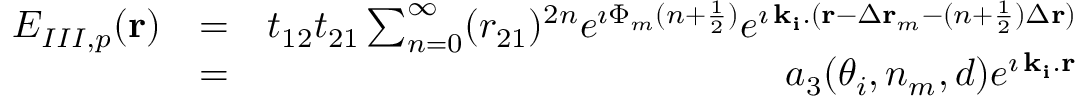
\begin{array} { r l r } { E _ { I I I , p } ( { \bf r } ) } & { = } & { t _ { 1 2 } t _ { 2 1 } \sum _ { n = 0 } ^ { \infty } ( r _ { 2 1 } ) ^ { 2 n } e ^ { \imath \Phi _ { m } ( n + \frac { 1 } { 2 } ) } e ^ { \imath \, { \bf k _ { i } } . ( { \bf r } - \Delta { \bf r } _ { m } - ( n + \frac { 1 } { 2 } ) \Delta { \bf r } ) } } \\ & { = } & { a _ { 3 } ( \theta _ { i } , n _ { m } , d ) e ^ { \imath \, { \bf k _ { i } } . { \bf r } } } \end{array}